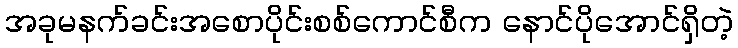
အခုမနက်ခင်းအစောပိုင်းစစ်ကောင်စီက နောင်ပိုအောင်ရှိတဲ့